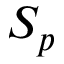
S _ { p }